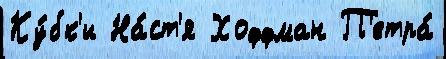
Ку́бк'и На́ст'я Хоффман П'етра́